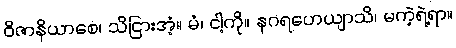
ဝိဇာနိယာစေ၊ သိငြားအံ့။ မံ၊ ငါ့ကို။ နဂရဟေယျာသိ၊ မကဲ့ရဲ့ရာ။